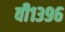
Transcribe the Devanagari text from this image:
वी१३९६